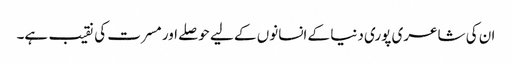
ان کی شاعری پوری دنیا کے انسانوں کے لیے حوصلے اور مسرت کی نقیب ہے۔